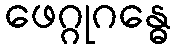
ဖေဂ္ဂုဂန္ဓေ